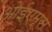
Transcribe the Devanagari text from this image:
ओईएम्स